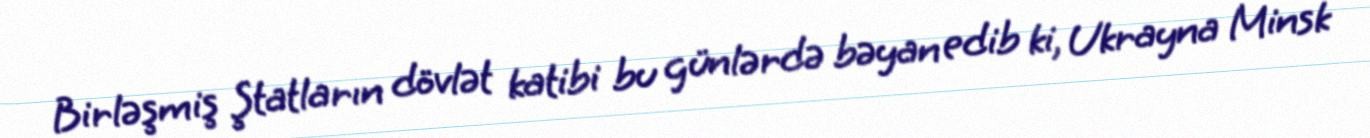
Birləşmiş Ştatların dövlət katibi bu günlərdə bəyan edib ki, Ukrayna Minsk